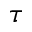
\tau